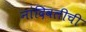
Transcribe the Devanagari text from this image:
नांदिवलीची